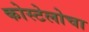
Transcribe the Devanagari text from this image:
कोस्टेलोचा